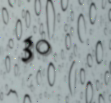
30